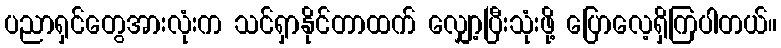
ပညာရှင်တွေအားလုံးက သင်ရှာနိုင်တာထက် လျှော့ပြီးသုံးဖို့ ပြောလေ့ရှိကြပါတယ်။